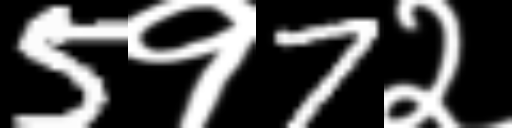
Text: 5१7२